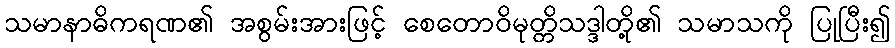
သမာနာဓိကရဏ၏ အစွမ်းအားဖြင့် စေတောဝိမုတ္တိသဒ္ဒါတို့၏ သမာသကို ပြုပြီး၍